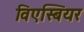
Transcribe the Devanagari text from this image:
विएस्बियर